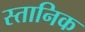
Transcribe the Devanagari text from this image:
स्तानिक